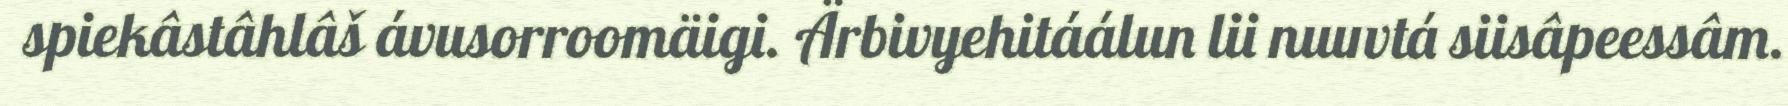
spiekâstâhlâš ávusorroomäigi. Ärbivyehitáálun lii nuuvtá siisâpeessâm.